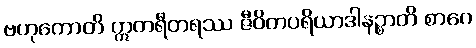
ဗဟုကောတိ ဣတရီတရဿ ဇီဝိတပရိယာဒါနဉ္စာတိ စာဂေ